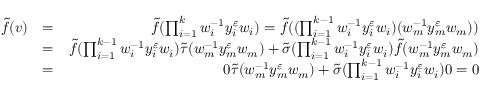
\begin{array} { r l r } { \tilde { f } ( v ) } & { = } & { \tilde { f } ( \prod _ { i = 1 } ^ { k } w _ { i } ^ { - 1 } y _ { i } ^ { \varepsilon } w _ { i } ) = \tilde { f } ( ( \prod _ { i = 1 } ^ { k - 1 } w _ { i } ^ { - 1 } y _ { i } ^ { \varepsilon } w _ { i } ) ( w _ { m } ^ { - 1 } y _ { m } ^ { \varepsilon } w _ { m } ) ) } \\ & { = } & { \tilde { f } ( \prod _ { i = 1 } ^ { k - 1 } w _ { i } ^ { - 1 } y _ { i } ^ { \varepsilon } w _ { i } ) \tilde { \tau } ( w _ { m } ^ { - 1 } y _ { m } ^ { \varepsilon } w _ { m } ) + \tilde { \sigma } ( \prod _ { i = 1 } ^ { k - 1 } w _ { i } ^ { - 1 } y _ { i } ^ { \varepsilon } w _ { i } ) \tilde { f } ( w _ { m } ^ { - 1 } y _ { m } ^ { \varepsilon } w _ { m } ) } \\ & { = } & { 0 \tilde { \tau } ( w _ { m } ^ { - 1 } y _ { m } ^ { \varepsilon } w _ { m } ) + \tilde { \sigma } ( \prod _ { i = 1 } ^ { k - 1 } w _ { i } ^ { - 1 } y _ { i } ^ { \varepsilon } w _ { i } ) 0 = 0 } \end{array}